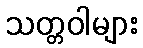
သတ္တဝါများ